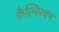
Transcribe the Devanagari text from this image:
कैल्सिचम